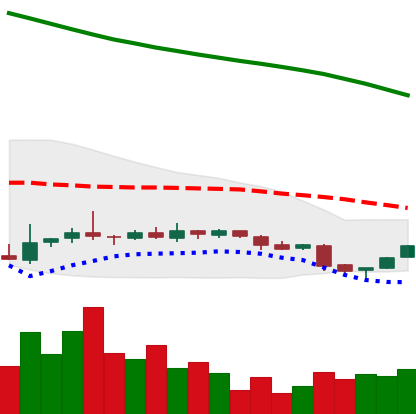
Ticker: NEO-USD
Chart end date: 2018-11-02
Forward return: 3.507%
Label: up_3_5